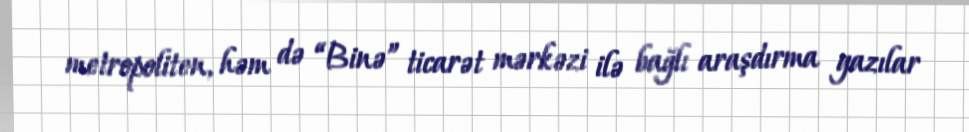
metropoliten, həm də “Binə” ticarət mərkəzi ilə bağlı araşdırma yazılar